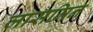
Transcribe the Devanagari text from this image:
जासमिन